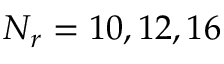
N _ { r } = 1 0 , 1 2 , 1 6